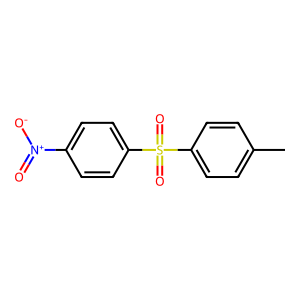
SMILES: Cc1ccc(S(=O)(=O)c2ccc([N+](=O)[O-])cc2)cc1
Inhibits HIV replication: No